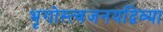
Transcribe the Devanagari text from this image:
भृगोस्त्वजनयद्विव्या